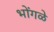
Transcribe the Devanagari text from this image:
भोंगळे